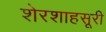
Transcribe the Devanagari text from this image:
शेरशाहसूरी